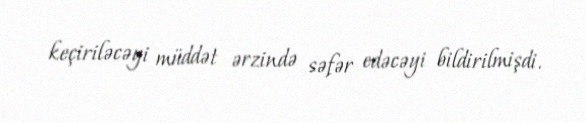
keçiriləcəyi müddət ərzində səfər edəcəyi bildirilmişdi.